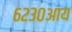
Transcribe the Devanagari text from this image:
६२३०आय